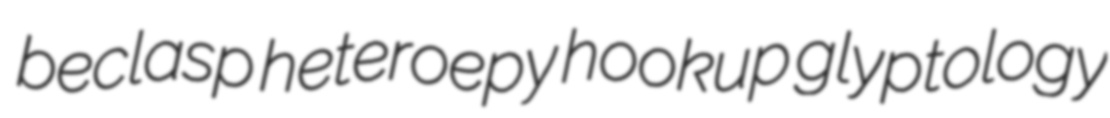
beclasp heteroepy hookup glyptology